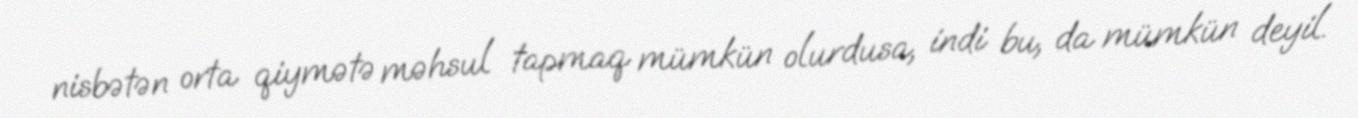
nisbətən orta qiymətə məhsul tapmaq mümkün olurdusa, indi bu, da mümkün deyil.